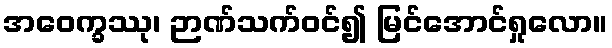
အဝေက္ခဿု၊ ဉာဏ်သက်ဝင်၍ မြင်အောင်ရှုလော။